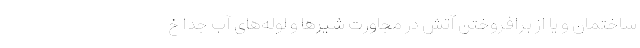
ساختمان و یا از برافروختن آتش در مجاورت شیرها و لوله‌های آب جدا خ